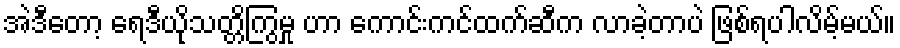
အဲဒီတော့ ရေဒီယိုသတ္တိကြွမှု ဟာ ကောင်းကင်ထက်ဆီက လာခဲ့တာပဲ ဖြစ်ရပါလိမ့်မယ်။